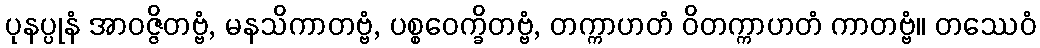
ပုနပ္ပုနံ အာဝဇ္ဇိတဗ္ဗံ, မနသိကာတဗ္ဗံ, ပစ္စဝေက္ခိတဗ္ဗံ, တက္ကာဟတံ ဝိတက္ကာဟတံ ကာတဗ္ဗံ။ တဿေဝံ